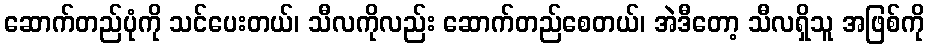
ဆောက်တည်ပုံကို သင်ပေးတယ်၊ သီလကိုလည်း ဆောက်တည်စေတယ်၊ အဲဒီတော့ သီလရှိသူ အဖြစ်ကို